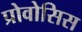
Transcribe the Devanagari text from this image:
प्रोवोसिस